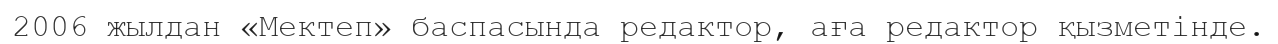
2006 жылдан «Мектеп» баспасында редактор, аға редактор қызметінде.